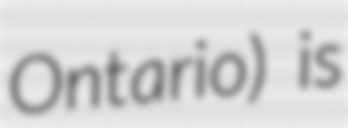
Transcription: Ontario) is